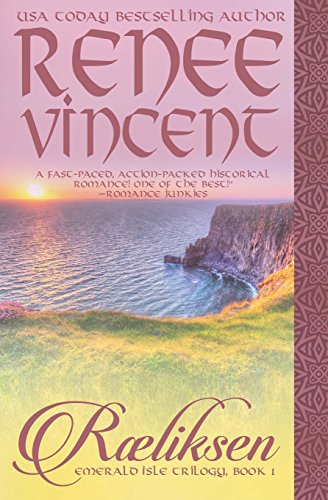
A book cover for RÃ¦liksen: Book One of the Emerald Isle Trilogy; Renee Vincent; Romance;